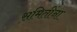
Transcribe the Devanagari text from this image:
समितींना